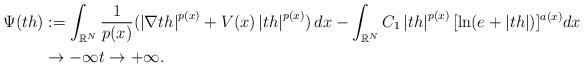
LaTeX: \begin{align*}\Psi (th)&:=\int_{\mathbb R^N }\frac{1}{p(x)}(\left\vert \nabla th\right\vert^{p(x)}+V(x)\left\vert th\right\vert ^{p(x)})\,dx-\int_{\mathbb R^N }C_{1}\left\vert th\right\vert ^{p(x)}[\ln(e+\left\vert th\right\vert )]^{a(x)}dx\\&\rightarrow -\infty t\rightarrow +\infty .\end{align*}